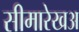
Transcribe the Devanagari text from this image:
सीमारेखअ